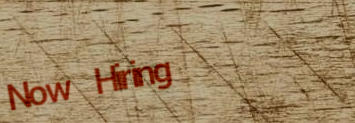
Now Hiring